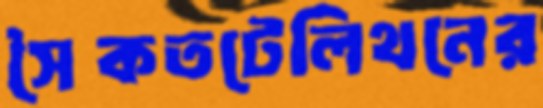
সৈকতটেলিথনের